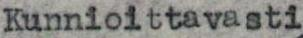
Kunnioittavasti